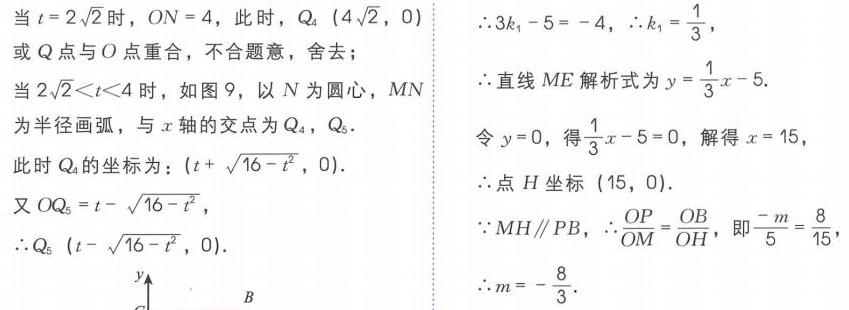
当\(t = 2\sqrt{2}\)时，\(ON = 4\)，此时，\(Q_{4}(4\sqrt{2},0)\)
或\(Q\)点与\(O\)点重合，不合题意，舍去；
当\(2\sqrt{2}\lt t\lt4\)时，如图9，以\(N\)为圆心，\(MN\)
为半径画弧，与\(x\)轴的交点为\(Q_{4}\)，\(Q_{5}\).
此时\(Q_{4}\)的坐标为：\((t+\sqrt{16 - t^{2}},0)\).
又\(OQ_{5}=t-\sqrt{16 - t^{2}}\)，
\(\therefore Q_{5}(t-\sqrt{16 - t^{2}},0)\).
![图片](https://img-blog.csdnimg.cn/20240115152413744.png)
\(\therefore3k_{1}-5=-4\)，\(\therefore k_{1}=\frac{1}{3}\)，
\(\therefore\)直线\(ME\)解析式为\(y = \frac{1}{3}x - 5\).
令\(y = 0\)，得\(\frac{1}{3}x - 5 = 0\)，解得\(x = 15\)，
\(\therefore\)点\(H\)坐标\((15,0)\).
\(\because MH\parallel PB\)，\(\therefore\frac{OP}{OM}=\frac{OB}{OH}\)，即\(\frac{-m}{5}=\frac{8}{15}\)，
\(\therefore m=-\frac{8}{3}\).